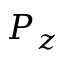
P _ { z }